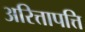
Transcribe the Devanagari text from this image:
अरित्तापत्ति